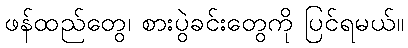
ဖန်ထည်တွေ၊ စားပွဲခင်းတွေကို ပြင်ရမယ်။